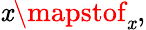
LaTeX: \mathit{x}\mapstof_{\mathit{x}},